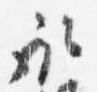
取